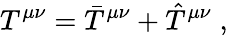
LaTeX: T^{\mu\nu}=\bar{T}^{\mu\nu}+\hat{T}^{\mu\nu}\; ,